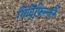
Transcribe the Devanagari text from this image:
गिदिंफिन्‍नानै